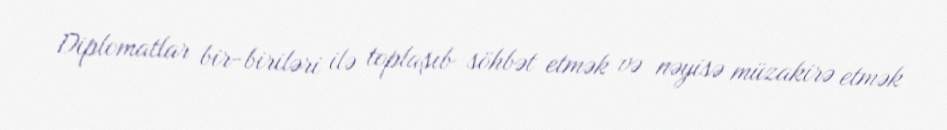
Diplomatlar bir-biriləri ilə toplaşıb söhbət etmək və nəyisə müzakirə etmək